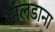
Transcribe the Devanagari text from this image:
सालडाना